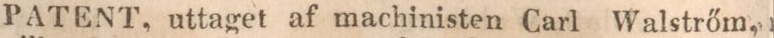
PATENT, uttaget af machinisten Carl Walstrőm,